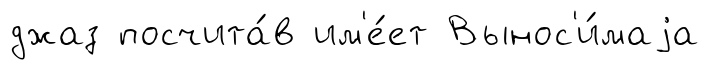
джаз посчита́в им'е́ет Вынос'и́маjа